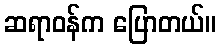
ဆရာဝန်က ပြောတယ်။